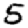
Digit: 5